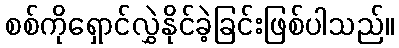
စစ်ကိုရှောင်လွှဲနိုင်ခဲ့ခြင်းဖြစ်ပါသည်။